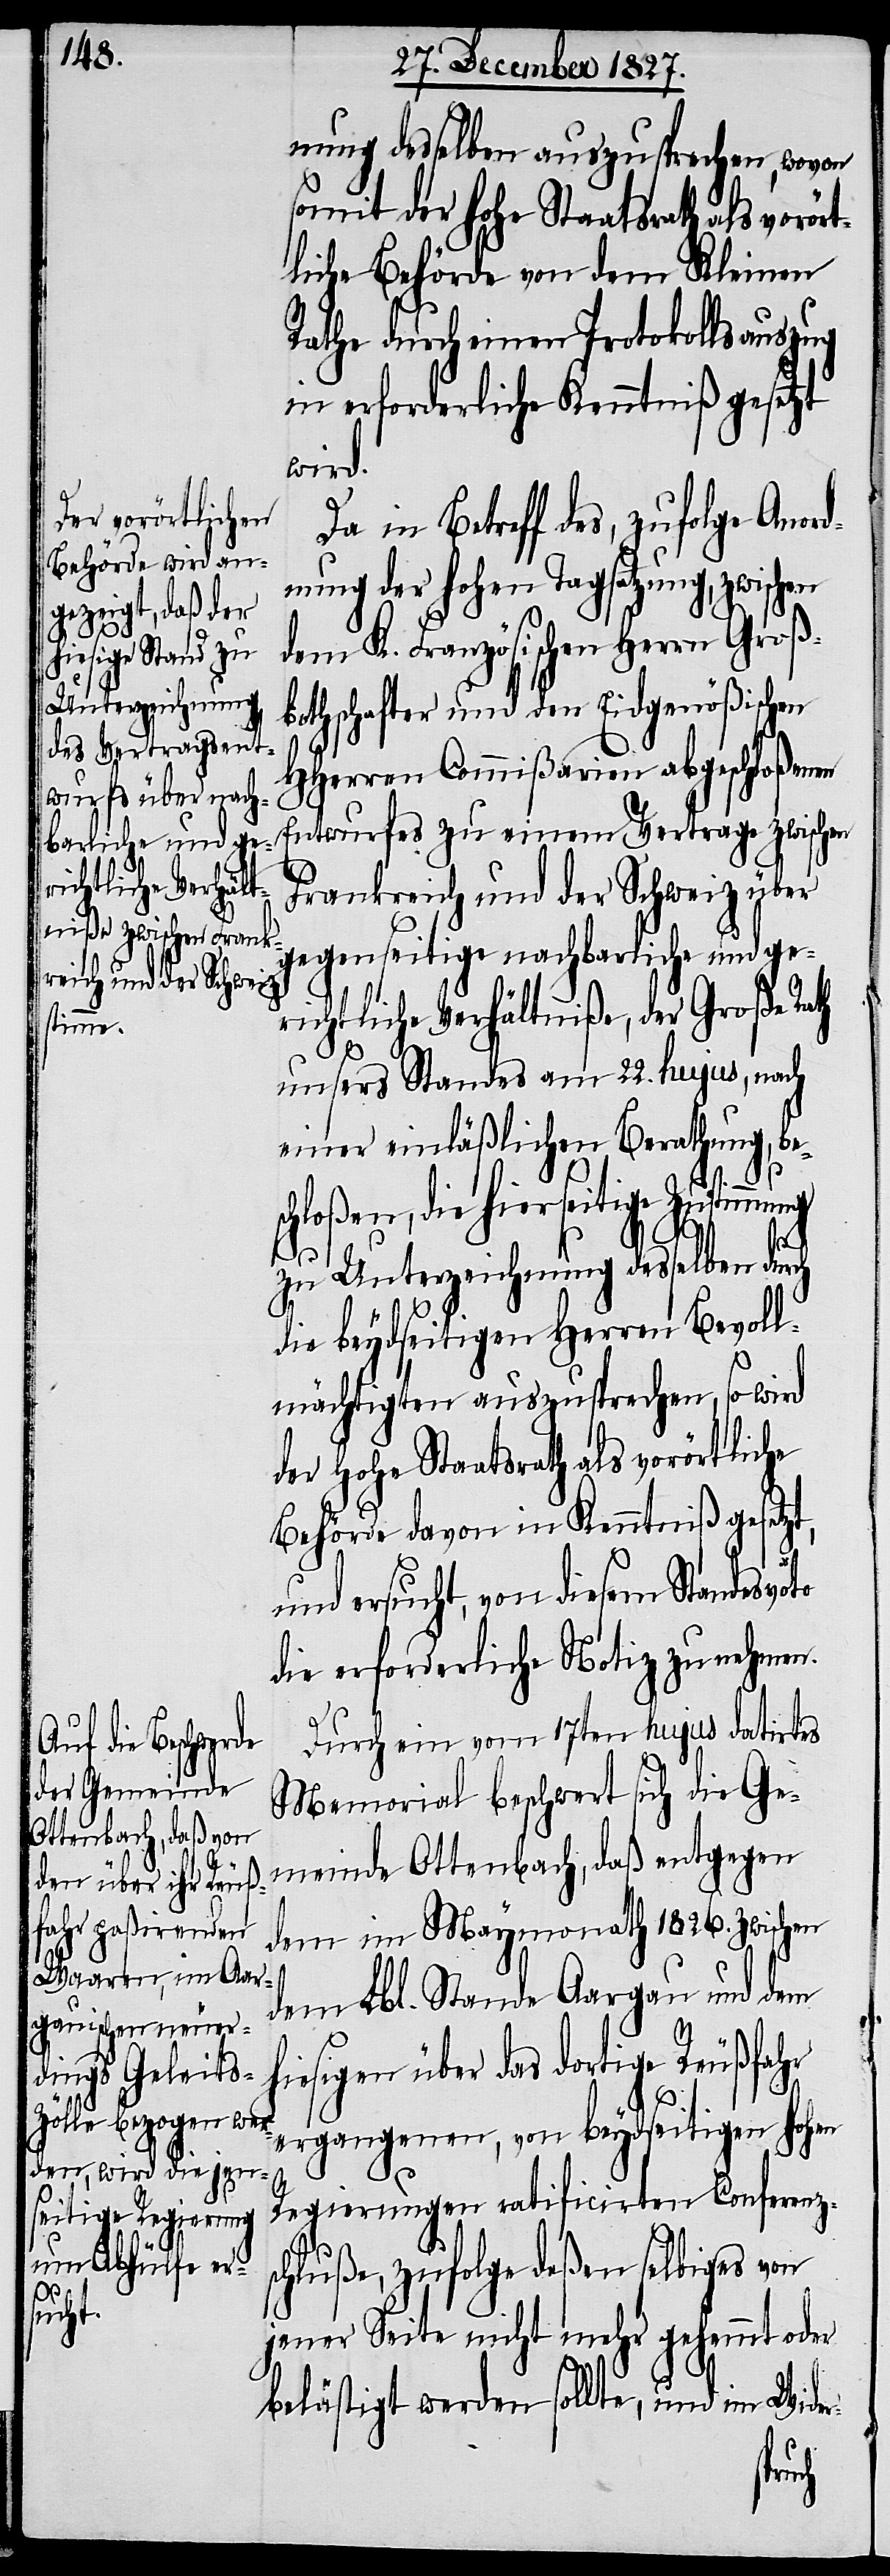
nung desselben auszusprechen, wovon
somit der hohe Staatsrath als vorört¬
liche Behörde von dem Kleinen
Rathe durch einen Protokollauszug
in erforderliche Kenntniß gesetzt
wird.
Da in Betreff des, zufolge Anor¬
dnung der hohen Tagsatzung, zwischen
dem K. Französischen Herrn Groß¬
bothschafter und den Eidgenößischen
HHerren Commißarien abgeschloßenen
Entwurfes zu einem Vertrage zwischen
Frankreich und der Schweiz über
gegenseitige nachbarliche und ge¬
richtliche Verhältniße, der Große Rath
unsers Standes am 22. hujus, nach
einer einläßlichen Berathung, be¬
schloßen, die hierseitige Zustimmung
zu Unterzeichnung desselben durch
die beydseitigen Herren Bevoll¬
mächtigten auszusprechen, so wird
der Hohe Staatsrath als vorörtliche
Behörde davon in Kenntniß gesetzt,
und ersucht, von diesem Standesvoto
die erforderliche Notiz zu nehmen.
Durch ein vom 17ten hujus datirtes
Memorial beschwert sich die Ge¬
meinde Ottenbach, daß entgegen
dem im Maymonath 1826. zwischen
dem Lbl. Stande Aargau und dem
hiesigen über das dortige Reußfahr
ergangenen, von beydseitigen hohen
Regierungen ratificirten Conferenzs¬
chluße, zufolge deßen selbiges von
jener Seite nicht mehr gehemmt oder
belästigt werden sollte, und im Wide¬
r-